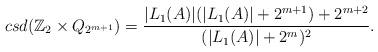
LaTeX: \begin{align*} csd(\mathbb{Z}_2\times Q_{2^{m+1}})=\frac{|L_1(A)|(|L_1(A)|+2^{m+1})+2^{m+2}}{(|L_1(A)|+2^m)^2}.\end{align*}